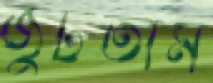
জুটতাম